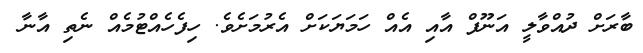
ބާރަށް ދުއްވާލީ އަނޫފް އާއި އެއް ހަމަޔަކަށް އެރުމަށެވެ. ހިފެހެއްޓުމެއް ނެތި އާނާ